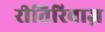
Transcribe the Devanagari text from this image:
रीतिरिवाज़